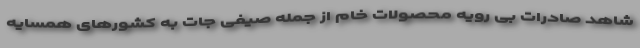
شاهد صادرات بی رویه محصولات خام از جمله صیفی جات به کشور‌های همسایه